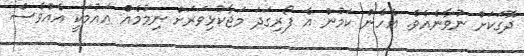
ދޮގަކަށް ނުވާނެއެވެ. އެހެން ކަމުން އެ ފޯރިގަދަ މަޖާކުޅިވަރަށް ނިމުމެއް އައުމަކީ އެއްވެސް